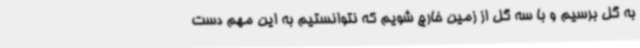
به گل برسیم و با سه گل از زمین خارج شویم که نتوانستیم به این مهم دست